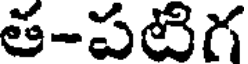
త-పటిగ